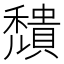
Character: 穨